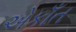
એકાઁત